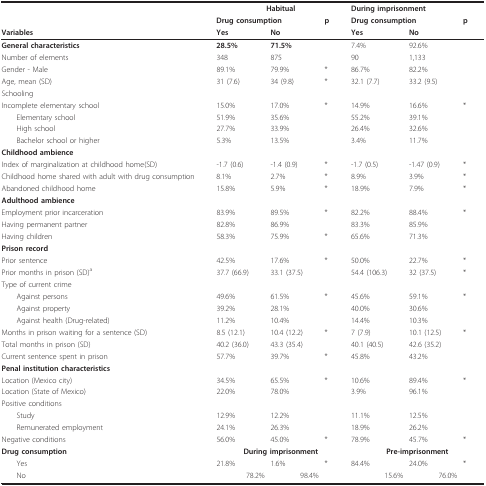
<table><thead><tr><td></td><td colspan="3"><b>Habitual</b></td><td colspan="3"><b>During imprisonment</b></td></tr><tr><td></td><td colspan="2"><b>Drug consumption</b></td><td><b>p</b></td><td colspan="2"><b>Drug consumption</b></td><td><b>p</b></td></tr><tr><td><b>Variables</b></td><td><b>Yes</b></td><td><b>No</b></td><td></td><td><b>Yes</b></td><td><b>No</b></td><td></td></tr></thead><tbody><tr><td><b>General characteristics</b></td><td><b>28.5%</b></td><td><b>71.5%</b></td><td></td><td>7.4%</td><td>92.6%</td><td></td></tr><tr><td>Number of elements</td><td>348</td><td>875</td><td></td><td>90</td><td>1,133</td><td></td></tr><tr><td>Gender - Male</td><td>89.1%</td><td>79.9%</td><td>*</td><td>86.7%</td><td>82.2%</td><td></td></tr><tr><td>Age, mean (SD)</td><td>31 (7.6)</td><td>34 (9.8)</td><td>*</td><td>32.1 (7.7)</td><td>33.2 (9.5)</td><td></td></tr><tr><td>Schooling</td><td></td><td></td><td></td><td></td><td></td><td></td></tr><tr><td>Incomplete elementary school</td><td>15.0%</td><td>17.0%</td><td>*</td><td>14.9%</td><td>16.6%</td><td>*</td></tr><tr><td> Elementary school</td><td>51.9%</td><td>35.6%</td><td></td><td>55.2%</td><td>39.1%</td><td></td></tr><tr><td> High school</td><td>27.7%</td><td>33.9%</td><td></td><td>26.4%</td><td>32.6%</td><td></td></tr><tr><td> Bachelor school or higher</td><td>5.3%</td><td>13.5%</td><td></td><td>3.4%</td><td>11.7%</td><td></td></tr><tr><td><b>Childhood ambience</b></td><td></td><td></td><td></td><td></td><td></td><td></td></tr><tr><td>Index of marginalization at childhood home(SD)</td><td>-1.7 (0.6)</td><td>-1.4 (0.9)</td><td>*</td><td>-1.7 (0.5)</td><td>-1.47 (0.9)</td><td>*</td></tr><tr><td>Childhood home shared with adult with drug consumption</td><td>8.1%</td><td>2.7%</td><td>*</td><td>8.9%</td><td>3.9%</td><td>*</td></tr><tr><td>Abandoned childhood home</td><td>15.8%</td><td>5.9%</td><td>*</td><td>18.9%</td><td>7.9%</td><td>*</td></tr><tr><td><b>Adulthood ambience</b></td><td></td><td></td><td></td><td></td><td></td><td></td></tr><tr><td>Employment prior incarceration</td><td>83.9%</td><td>89.5%</td><td>*</td><td>82.2%</td><td>88.4%</td><td>*</td></tr><tr><td>Having permanent partner</td><td>82.8%</td><td>86.9%</td><td></td><td>83.3%</td><td>85.9%</td><td></td></tr><tr><td>Having children</td><td>58.3%</td><td>75.9%</td><td>*</td><td>65.6%</td><td>71.3%</td><td></td></tr><tr><td><b>Prison record</b></td><td></td><td></td><td></td><td></td><td></td><td></td></tr><tr><td>Prior sentence</td><td>42.5%</td><td>17.6%</td><td>*</td><td>50.0%</td><td>22.7%</td><td>*</td></tr><tr><td>Prior months in prison (SD)<sup>a </sup></td><td>37.7 (66.9)</td><td>33.1 (37.5)</td><td></td><td>54.4 (106.3)</td><td>32 (37.5)</td><td>*</td></tr><tr><td>Type of current crime</td><td></td><td></td><td></td><td></td><td></td><td></td></tr><tr><td> Against persons</td><td>49.6%</td><td>61.5%</td><td>*</td><td>45.6%</td><td>59.1%</td><td>*</td></tr><tr><td> Against property</td><td>39.2%</td><td>28.1%</td><td></td><td>40.0%</td><td>30.6%</td><td></td></tr><tr><td> Against health (Drug-related)</td><td>11.2%</td><td>10.4%</td><td></td><td>14.4%</td><td>10.3%</td><td></td></tr><tr><td>Months in prison waiting for a sentence (SD)</td><td>8.5 (12.1)</td><td>10.4 (12.2)</td><td>*</td><td>7 (7.9)</td><td>10.1 (12.5)</td><td>*</td></tr><tr><td>Total months in prison (SD)</td><td>40.2 (36.0)</td><td>43.3 (35.4)</td><td></td><td>40.1 (40.5)</td><td>42.6 (35.2)</td><td></td></tr><tr><td>Current sentence spent in prison</td><td>57.7%</td><td>39.7%</td><td>*</td><td>45.8%</td><td>43.2%</td><td></td></tr><tr><td><b>Penal institution characteristics</b></td><td></td><td></td><td></td><td></td><td></td><td></td></tr><tr><td>Location (Mexico city)</td><td>34.5%</td><td>65.5%</td><td>*</td><td>10.6%</td><td>89.4%</td><td>*</td></tr><tr><td>Location (State of Mexico)</td><td>22.0%</td><td>78.0%</td><td></td><td>3.9%</td><td>96.1%</td><td></td></tr><tr><td>Positive conditions</td><td></td><td></td><td></td><td></td><td></td><td></td></tr><tr><td> Study</td><td>12.9%</td><td>12.2%</td><td></td><td>11.1%</td><td>12.5%</td><td></td></tr><tr><td> Remunerated employment</td><td>24.1%</td><td>26.3%</td><td></td><td>18.9%</td><td>26.2%</td><td></td></tr><tr><td>Negative conditions</td><td>56.0%</td><td>45.0%</td><td>*</td><td>78.9%</td><td>45.7%</td><td>*</td></tr><tr><td><b>Drug consumption</b></td><td colspan="3"><b>During imprisonment</b></td><td colspan="3"><b>Pre-imprisonment</b></td></tr><tr><td> Yes</td><td>21.8%</td><td>1.6%</td><td>*</td><td>84.4%</td><td>24.0%</td><td>*</td></tr><tr><td> No</td><td>78.2%</td><td>98.4%</td><td></td><td>15.6%</td><td>76.0%</td><td></td></tr></tbody></table>